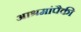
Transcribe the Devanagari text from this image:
आश्रमांपैकी